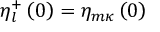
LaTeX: \eta _ { l } ^ { + } \left( 0 \right) = \eta _ { m \kappa } \left( 0 \right)